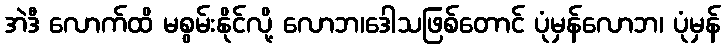
အဲဒီ လောက်ထိ မစွမ်းနိုင်လို့ လောဘ၊ဒေါသဖြစ်တောင် ပုံမှန်လောဘ၊ ပုံမှန်